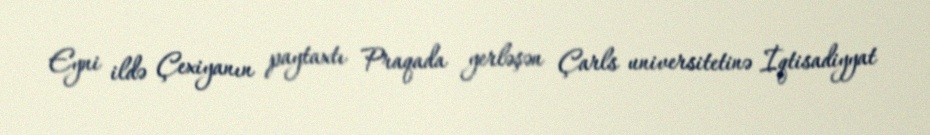
Eyni ildə Çexiyanın paytaxtı Praqada yerləşən Çarls universitetinə İqtisadiyyat